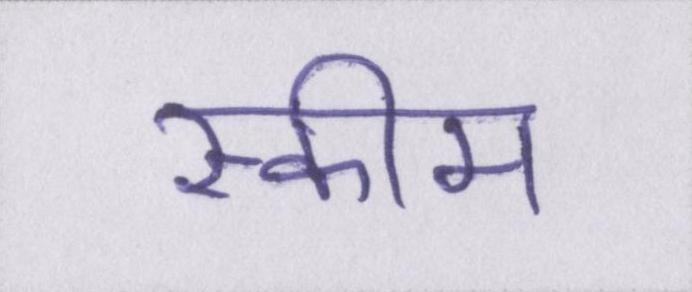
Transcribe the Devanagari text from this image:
स्कीम